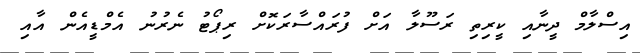
އިސްލާމް ދީނާއި ކީރިތި ރަސޫލާ އަށް ފުރައްސާރަކޮށް ރިޕޯޓު ނެރުނު އެމްޑީއެން އާއި